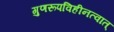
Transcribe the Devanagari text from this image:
गुणरूपविहीनत्वात्